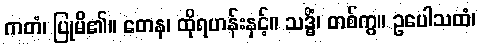
ကတံ၊ ပြုမိ၏။ တေန၊ ထိုရဟန်းနှင့်။ သဒ္ဓိံ၊ တစ်ကွ။ ဥပေါသထံ၊